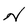
Character: N